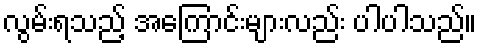
လွမ်းရသည့် အကြောင်းများလည်း ပါပါသည်။